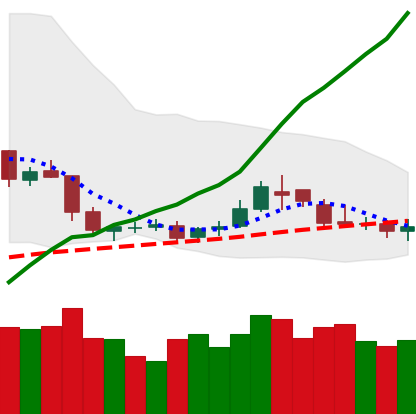
Ticker: DOGE-USD
Chart end date: 2019-05-10
Forward return: 31.166%
Label: up_7plus